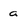
Character: a